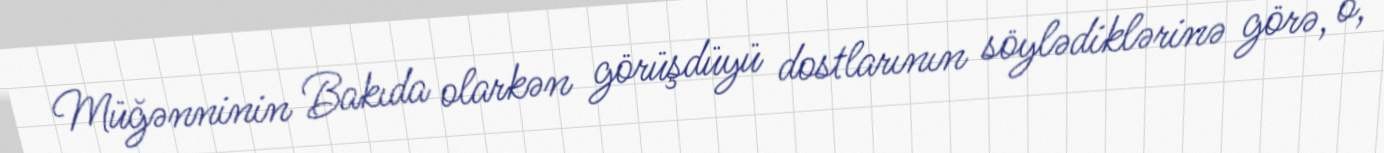
Müğənninin Bakıda olarkən görüşdüyü dostlarının söylədiklərinə görə, o,